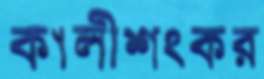
কালীশংকর